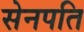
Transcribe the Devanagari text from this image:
सेनपति